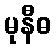
မုနီဓ